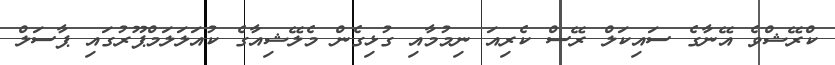
ކްރޭޝްވެ އޭނާގެ ސައިކަލް ރޭސް ކެރިއަ ނިމުމާއި ގުޅިގެން މެލޭޝިއާގެ ކުއަލަލަމްޕޫރުގައި ޕާސަލް